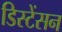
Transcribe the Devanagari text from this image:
डिस्टेंसन